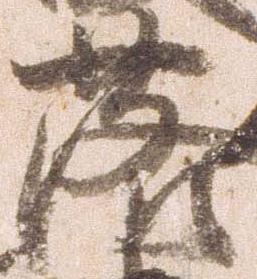
落